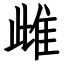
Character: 雌